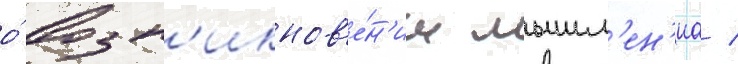
о́ возн'икнов'е́н'ии мышл'ен'иа /